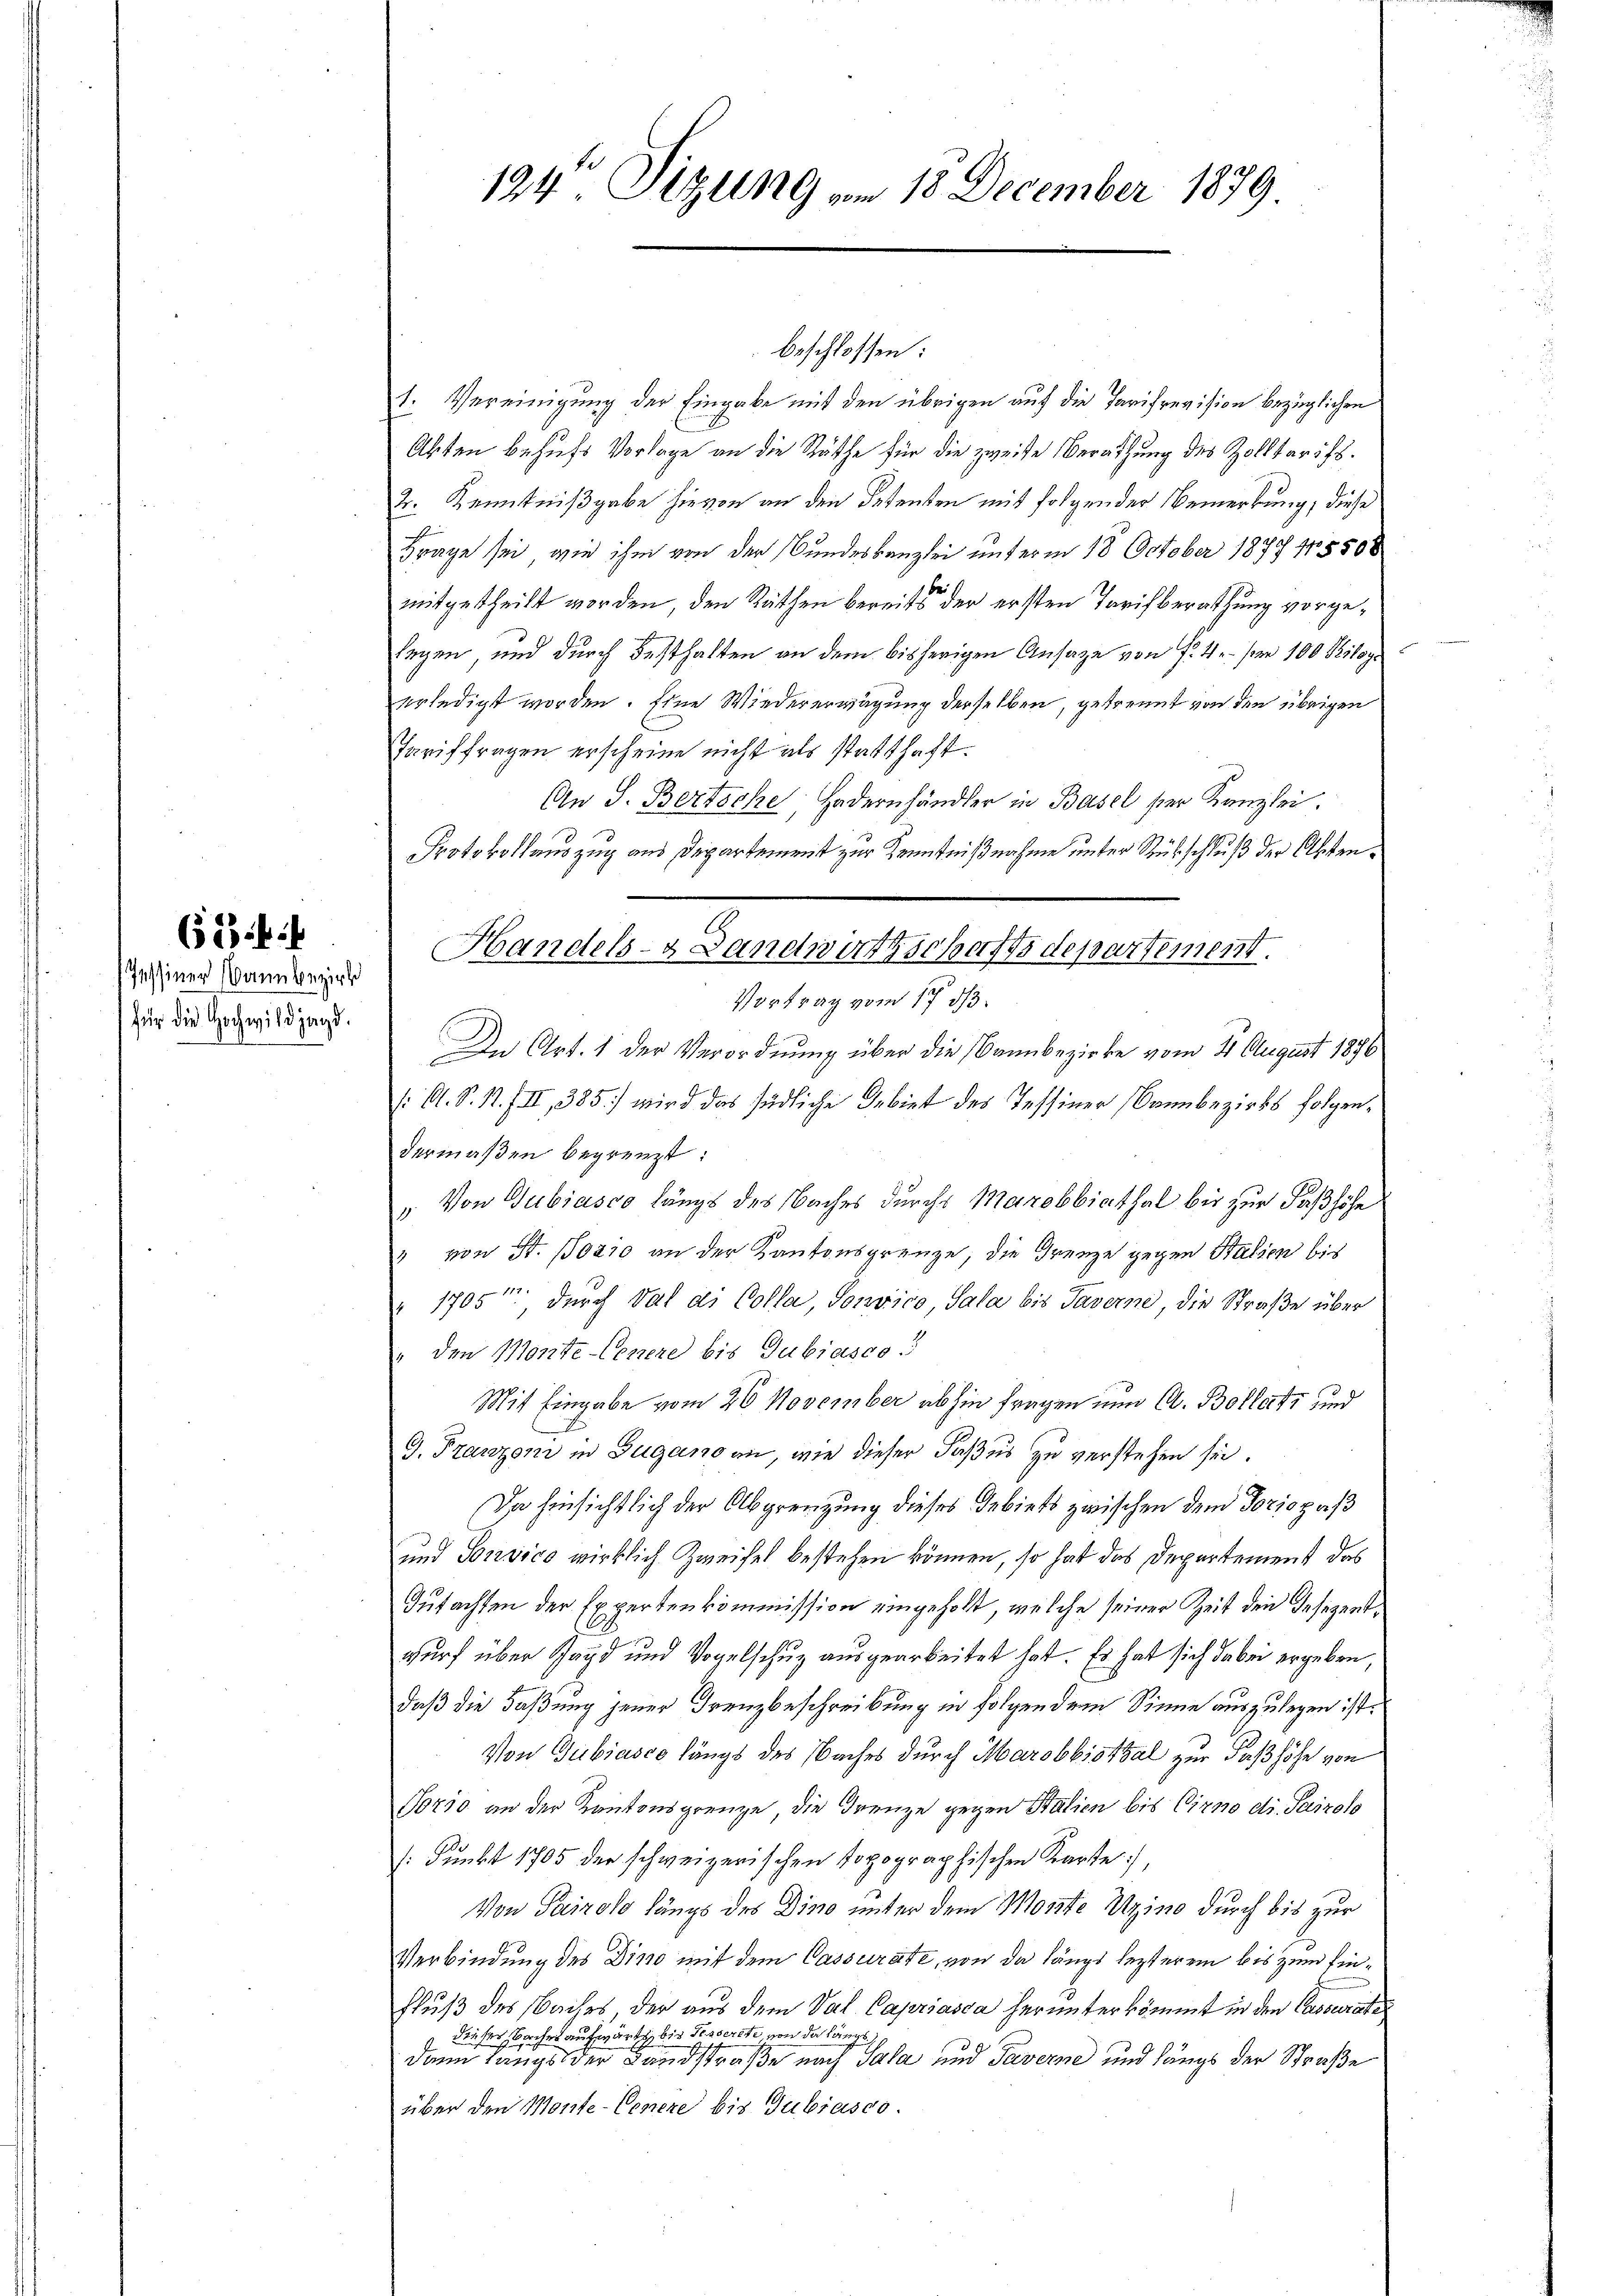
Dann bezirk
für die Hochwildjagd.

194. Sizung vom 18. December 1879

beschlossen:

1. Vereinigung der Eingabe mit den übrigen auf die Tarifrevision bezüglichen
Abten behufs Vorlage an die Räthe für die zweite Berathung des Zolltarifs.
2. Kenntnißgabe hievon an den Petenten mit folgender Bemerkung, diese
Frage sei, wie ihm von der Bundeskanzlei unterm 18. October 1877 15508
mitgetheilt worden, den Räthen bereits der ersten Tarif berathung vorge¬
Ergen und durch Festhalten an dem bisherigen Ansage von f. 4. pr 100 Peiloye
erledigt worden. Eine Wiedererwägung derselben, getrennt von den übrigen
Tariffragen erscheine nicht als statthaft.
An S. Bertoche, Hadernhändler in Basel ser Kanzlei.
Protokollauszug aus Departement zur Kenntnißnahme unter Rückschluß der Akten¬
Vortrag vom 17. ds.
In Art. 1 der Verordnung über die Bannbezirke vom 4 August 1876
(O. S. R. F. II, 385) wird das südliche Gebiet des Tessiner (Brunbezirks folgendermaßen begrenzt:
„Von Gubiasco längs des Saches durchs Marobbiathal bis zur Faßhöhe
2 von St. 130210 an der Kantonsgrenze, die Grenze gegen Balien bis
" 1705 durch Val d. Colla, Tonvico, Sala bis Taverne, die Straße über
" den Monte-Conere bis Dubiasco 3
Mit Eingabe vom 26 November abhin fragen nun A. Bollats und
G. Franzoni in Zugano an, wie dieser Faßus zu verstehen sei.
Da hinsichtlich der Abgrenzung dieses Gebiets zwischen dem Vorjozaß
und Sonvico wirklich Zweifel bestehen können, so hat das Departement das
Gutachten der Expertenkommission eingeholt, welche seiner Zeit den Gesezentwurf über Jagd und Vogelschuz ausgearbeitet hat. Es hat sich dabei ergeben,
daß die Faßung jener Frenzbeschreibung in folgendem Sinne auszulegen ist.
Von Gubiasco längs des Naches durch Marobbisthal zur Faß höhe von
Torio an der Kantonsgrenze die Grenze gegen Salien bis Cirno di Pairolo
/: Punkt 1705 der schweizerischen Popographischen Karte,
Von Pairolo längs des Dino unter dem Monte Uzino durch bis zur
Verbindung des Divo mit dem Cassurate, von da längs lezterem bis zum Ein¬
Fluß des Naches, der aus dem Val. Capriasca herunterkömmt in den Cassurate
dieser Bacher aufwärtig bis Fesserste von da längs
dann langs der Landstraße nach Sala und Taverne und längs der Straße
über den Monte-Conere bis Gubiasco

Handels- & Landwartschaftsdepartement.